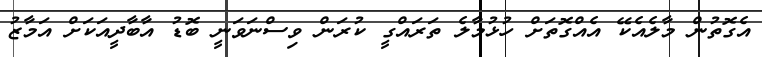
އެގޮތުން މާލެއެކޭ އެއްގޮތަށް ހުޅުމާލެ ތަރައްގީ ކުރަން ވިސްނަވަނީ ބޮޑު އާބާދީއަކަށް އަމާޒު